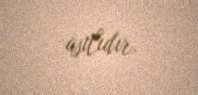
asılıdır.